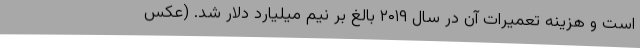
است و هزینه تعمیرات آن در سال ۲۰۱۹ بالغ بر نیم میلیارد دلار شد. (عکس